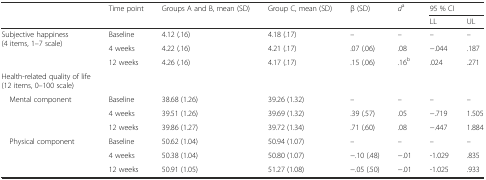
<table><thead><tr><td rowspan="2"></td><td rowspan="2"><b>Time point</b></td><td><b>Groups A and B, mean (SD)</b></td><td><b>Group C, mean (SD)</b></td><td rowspan="2"><b>β (SD)</b></td><td rowspan="2"><b><i>d</i><sup>a</sup></b></td><td colspan="2"><b>95 % CI</b></td></tr><tr><td></td><td></td><td><b>LL</b></td><td><b>UL</b></td></tr></thead><tbody><tr><td rowspan="3">Subjective happiness (4 items, 1–7 scale)</td><td>Baseline</td><td>4.12 (.16)</td><td>4.18 (.17)</td><td>–</td><td>–</td><td>–</td><td>–</td></tr><tr><td>4 weeks</td><td>4.22 (.16)</td><td>4.21 (.17)</td><td>.07 (.06)</td><td>.08</td><td>−.044</td><td>.187</td></tr><tr><td>12 weeks</td><td>4.26 (.16)</td><td>4.17 (.17)</td><td>.15 (.06)</td><td>.16<sup>b</sup></td><td>.024</td><td>.271</td></tr><tr><td>Health-related quality of life (12 items, 0–100 scale)</td><td></td><td></td><td></td><td></td><td></td><td></td><td></td></tr><tr><td rowspan="3"> Mental component</td><td>Baseline</td><td>38.68 (1.26)</td><td>39.26 (1.32)</td><td>–</td><td>–</td><td>–</td><td>–</td></tr><tr><td>4 weeks</td><td>39.51 (1.26)</td><td>39.69 (1.32)</td><td>.39 (.57)</td><td>.05</td><td>−.719</td><td>1.505</td></tr><tr><td>12 weeks</td><td>39.86 (1.27)</td><td>39.72 (1.34)</td><td>.71 (.60)</td><td>.08</td><td>−.447</td><td>1.884</td></tr><tr><td rowspan="3"> Physical component</td><td>Baseline</td><td>50.62 (1.04)</td><td>50.94 (1.07)</td><td>–</td><td>–</td><td>–</td><td>–</td></tr><tr><td>4 weeks</td><td>50.38 (1.04)</td><td>50.80 (1.07)</td><td>−.10 (.48)</td><td>−.01</td><td>-1.029</td><td>.835</td></tr><tr><td>12 weeks</td><td>50.91 (1.05)</td><td>51.27 (1.08)</td><td>−.05 (.50)</td><td>−.01</td><td>-1.025</td><td>.933</td></tr></tbody></table>